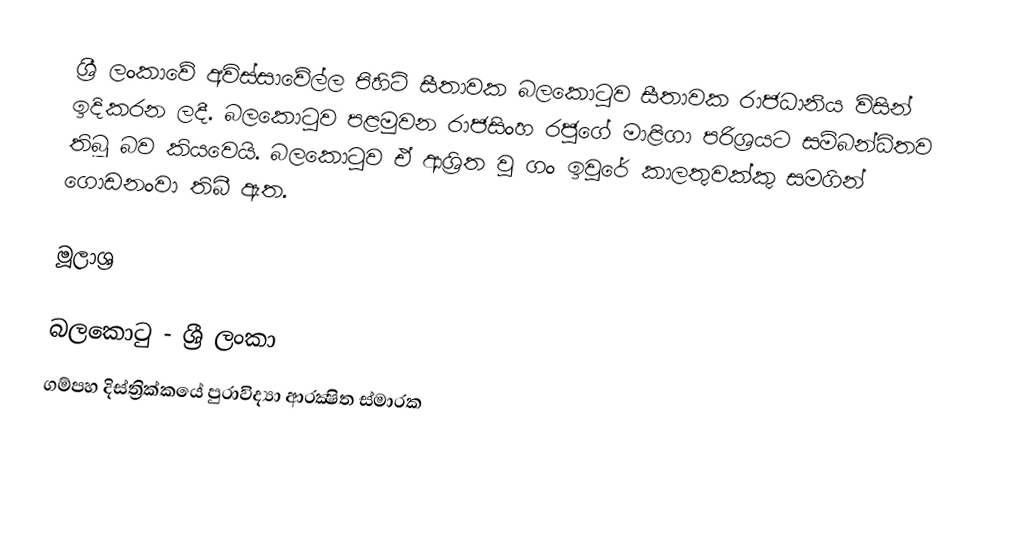
ශ්‍රී ලංකාවේ අවිස්සාවේල්ල පිහිටි සීතාවක බලකොටුව  සීතාවක රාජධානිය විසින් ඉදිකරන ලදී. බලකොටුව පළමුවන රාජසිංහ රජුගේ මාළිගා පරිශ්‍රයට සම්බන්ධිතව තිබූ බව කියවෙයි. බලකොටුව ඒ ආශ්‍රිත වූ ගං ඉවුරේ කාලතුවක්කු සමගින් ගොඩනංවා තිබී ඇත.

මූලාශ්‍ර

බලකොටු - ශ්‍රී ලංකා
ගම්පහ දිස්ත්‍රික්කයේ පුරාවිද්‍යා ආරක්‍ෂිත ස්මාරක